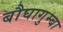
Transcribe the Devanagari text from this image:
बौघागुम्बा